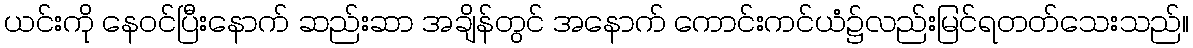
ယင်းကို နေဝင်ပြီးနောက် ဆည်းဆာ အချိန်တွင် အနောက် ကောင်းကင်ယံ၌လည်းမြင်ရတတ်သေးသည်။